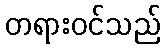
တရားဝင်သည်